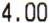
4.00